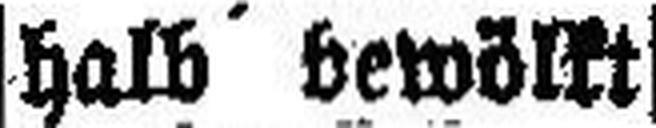
halb bewölkt